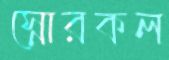
স্নোরকল